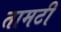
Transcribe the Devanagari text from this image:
तामटी